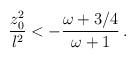
LaTeX: \begin{align*}{{z_0 ^2}\over l^2} < - {{\omega + 3/4}\over {\omega +1 }} \, .\end{align*}